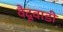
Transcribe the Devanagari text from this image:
वैदूवाडी